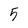
Character: 5